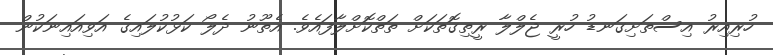
ހުރިއިރު އިސްތަށިގަނޑު ހުރީ ޖެލްލާ ރީތިގޮތަކަށް ތަތްކޮށްލާފައެވެ. އެތޫނު ދެލޯ ކަޅުކުލައިގެ އަވިއައިނަކުން